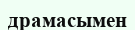
драмасымен